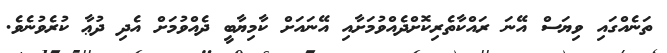
ތަނެއްގައި ވިޔަސް އޭނަ ރައްކާތެރިކޮށްދެއްވުމަށާއި އޭނައަށް ކާމިޔާބީ ދެއްވުމަށް އެދި ދުޢާ ކުރެވުނެވެ.